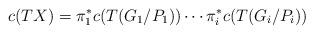
LaTeX: \begin{align*}c(TX)=\pi_1^{*}c(T(G_1/P_1))\cdots \pi_{i}^{*}c(T(G_i/P_i))\end{align*}